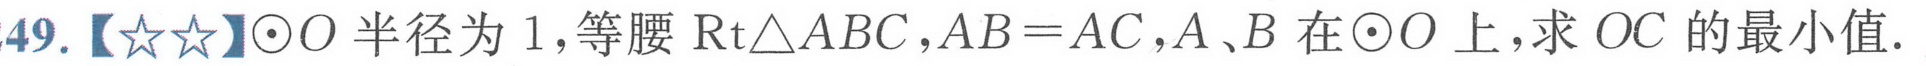
49.【★★】\(\odot O\)半径为\(1\)，等腰\(\text{Rt}\triangle ABC\)，\(AB = AC\)，\(A、B\)在\(\odot O\)上，求\(OC\)的最小值.